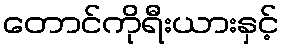
တောင်ကိုရီးယားနှင့်